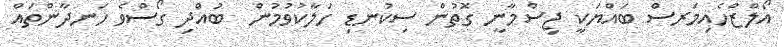
އޯލްޒްހެއިމަރސް ބައްޔަކީ ޖިސްމާނީ ގޮތުން ސިކުނޑި ހަލާކުވުމުން  ބުއްދި ގޯސްވެ ހަނދާންތައް